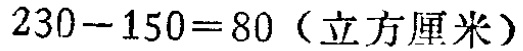
\(230 - 150 = 80\)（立方厘米）